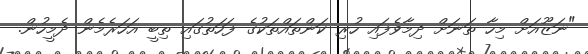
"ނަޒޫއަށް މިހާ ތަނަށް ދިމާވެފައި ހުރި ކަންތައްތަކުގެ ފަހަތުގައި ތިބީ އަހަރެމެން ދެމީހުން.